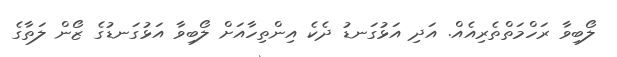
ލޯބިވާ ރަހްމަތްތެރިއެއް. އަދި އަޅުގަނޑު ދެކެ އިންތިހާއަށް ލޯބިވާ އަޅުގަނޑުގެ ޒޯން ލަތާގެ